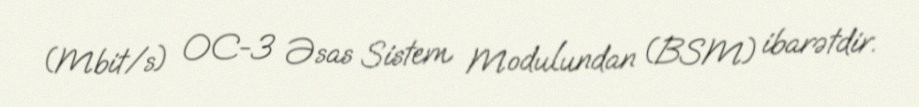
(Mbit/s) OC-3 Əsas Sistem Modulundan (BSM) ibarətdir.